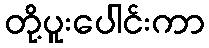
တို့ပူးပေါင်းကာ